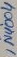
Text: IN4004